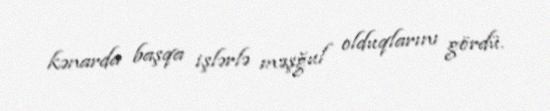
kənarda başqa işlərlə məşğul olduqlarını gördü.